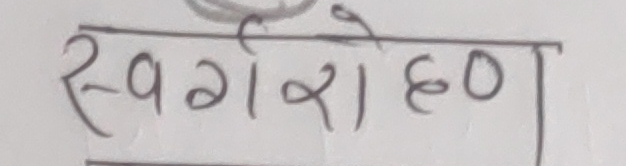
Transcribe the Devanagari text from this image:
स्वर्गारोहण